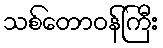
သစ်တောဝန်ကြီး